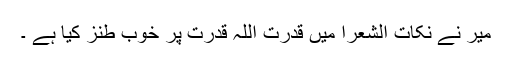
میر نے نکات الشعرا میں قدرت اللہ قدرت پر خوب طنز کیا ہے ۔